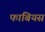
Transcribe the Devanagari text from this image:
फाबियस